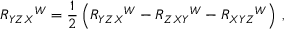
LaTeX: R _ { Y Z X } { } ^ { W } = \frac 1 2 \left( R _ { Y Z X } { } ^ { W } - R _ { Z X Y } { } ^ { W } - R _ { X Y Z } { } ^ { W } \right) \, ,